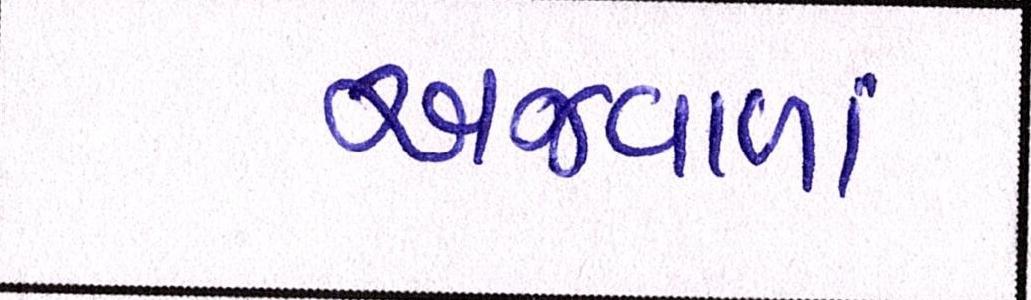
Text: અજવાળાં